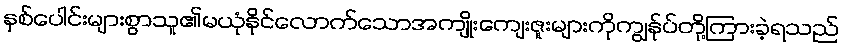
နှစ်ပေါင်းများစွာသူ၏မယုံနိုင်လောက်သောအကျိုးကျေးဇူးများကိုကျွန်ုပ်တို့ကြားခဲ့ရသည်